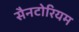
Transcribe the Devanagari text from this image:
सैनटोरियम